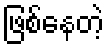
ဖြစ်နေတဲ့